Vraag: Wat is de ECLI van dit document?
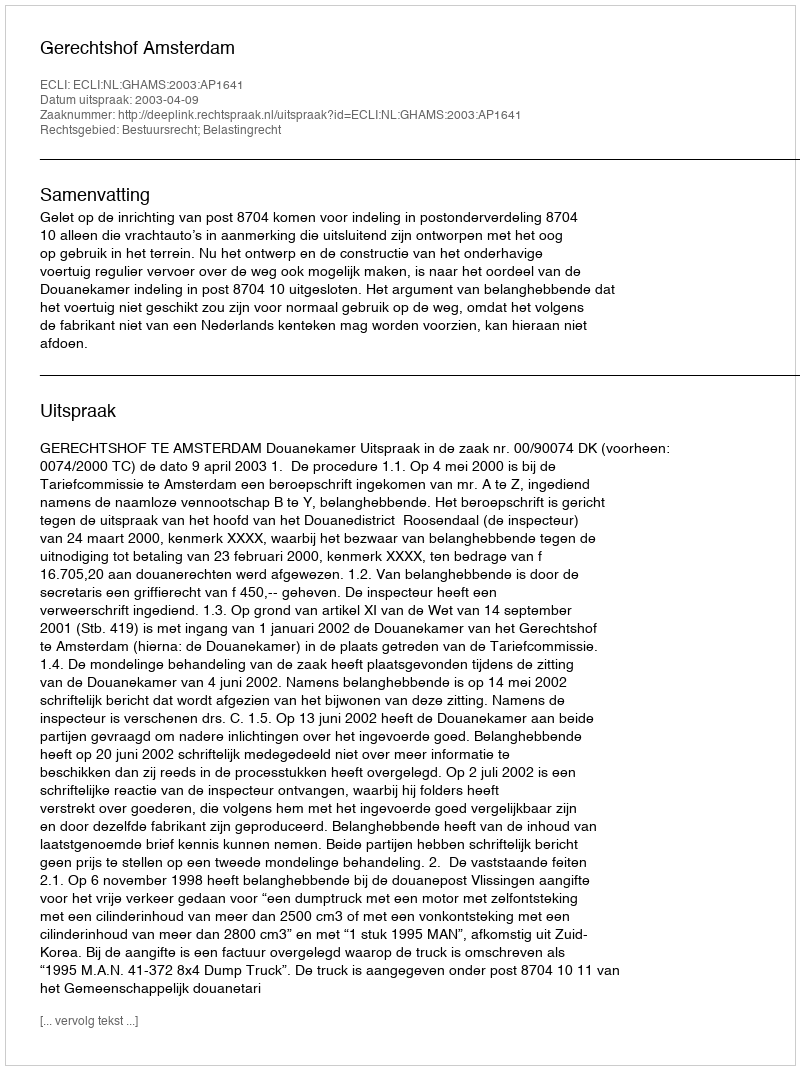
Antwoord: ECLI:NL:GHAMS:2003:AP1641